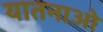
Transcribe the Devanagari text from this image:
यातनाओ